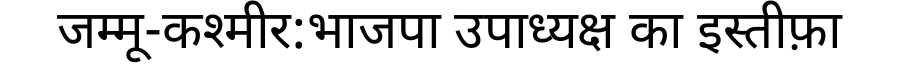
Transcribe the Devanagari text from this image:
जम्मू-कश्मीर:भाजपा उपाध्यक्ष का इस्तीफ़ा